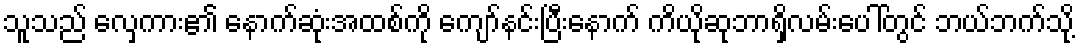
သူသည် လှေကား၏ နောက်ဆုံးအထစ်ကို ကျော်နင်းပြီးနောက် ကိယိုဆုဘာရှိလမ်းပေါ်တွင် ဘယ်ဘက်သို့